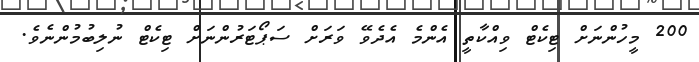
200 މީހުންނަށް ޓިކެޓް ވިއްކާތީ އެންމެ އެދެވޭ ވަރަށް ސަޕޯޓަރުންނަށް ޓިކެޓް ނުލިބުމުންނެވެ.